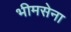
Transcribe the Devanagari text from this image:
भीमसेना